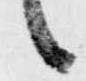
候